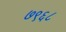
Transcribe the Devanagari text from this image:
७९६८